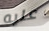
عليه